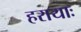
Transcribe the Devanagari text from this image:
हरायाः